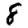
Digit: 8